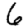
Digit: 6